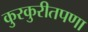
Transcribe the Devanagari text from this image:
कुरकुरीतपणा